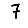
Digit: 7